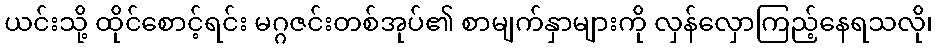
ယင်းသို့ ထိုင်စောင့်ရင်း မဂ္ဂဇင်းတစ်အုပ်၏ စာမျက်နှာများကို လှန်လှောကြည့်နေရသလို၊